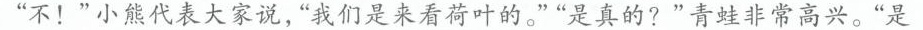
””不！”小熊代表大家说，”我们是来看荷叶的。””是真的?”青蛙非常高兴。”是